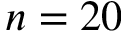
n = 2 0